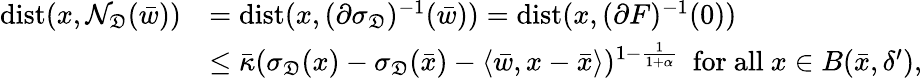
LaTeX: \begin{array}{rl}{\mathrm{dist}(x,\mathcal{N}_{\mathfrak{D}}(\bar{w}))}&{=\mathrm{dist}(x,(\partial\sigma_{\mathfrak D})^{-1}(\bar{w}))=\mathrm{dist}(x,(\partial F)^{-1}(0))}\\ &{\leq\bar{\kappa}(\sigma_{\mathfrak{D}}(x)-\sigma_{\mathfrak{D}}(\bar{x})-\langle\bar{w},x-\bar{x}\rangle)^{1-\frac{1}{1+\alpha}}\ \ \mathrm{for~all~}x\in B(\bar{x},\delta^{\prime}),}\end{array}